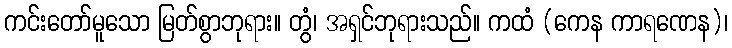
ကင်းတော်မူသော မြတ်စွာဘုရား။ တွံ၊ အရှင်ဘုရားသည်။ ကထံ (ကေန ကာရဏေန)၊